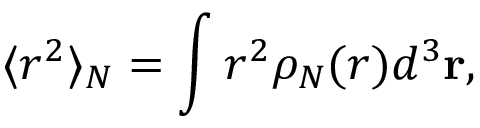
\langle r ^ { 2 } \rangle _ { N } = \int r ^ { 2 } \rho _ { N } ( r ) d ^ { 3 } \mathbf { r } ,